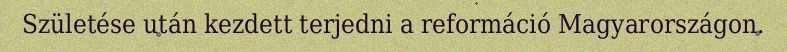
Születése után kezdett terjedni a reformáció Magyarországon.